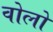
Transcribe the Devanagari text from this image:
वोलो